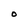
Character: O